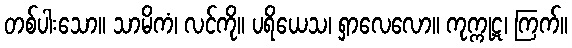
တစ်ပါးသော။ သာမိကံ၊ လင်ကို။ ပရိယေသ၊ ရှာလေလော။ ကုက္ကုဋ၊ ကြက်။